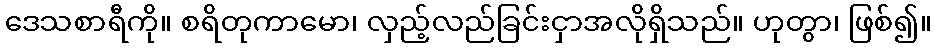
ဒေသစာရီကို။ စရိတုကာမော၊ လှည့်လည်ခြင်းငှာအလိုရှိသည်။ ဟုတွာ၊ ဖြစ်၍။